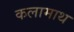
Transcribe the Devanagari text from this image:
कलामाथ